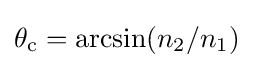
\theta _{\text{c}}=\arcsin(n_{2}/n_{1})